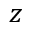
z